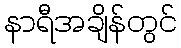
နာရီအချိန်တွင်